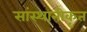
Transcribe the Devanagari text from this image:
सांस्थानीकृत